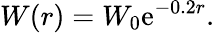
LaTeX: W(r)=W_{0}\mathrm{e}^{-0.2r}.